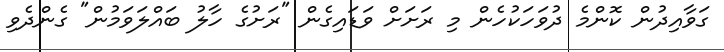
ގަވާއިދުން ކޮންމެ ދުވަހަކުހެން މި ރަށަށް ވަޑައިގެން "ރަށުގެ ހާލު ބައްލަވަމުން" ގެންދެވި